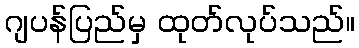
ဂျပန်ပြည်မှ ထုတ်လုပ်သည်။